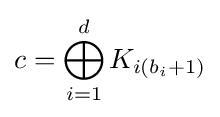
c=\bigoplus _{i=1}^{d}K_{i(b_{i}+1)}